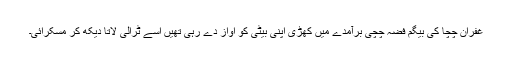
غفران چچا کی بیگم فضہ چچی برآمدے میں کھڑی اپنی بیٹی کو اواز دے رہی تھیں اسے ٹرالی لاتا دیکھ کر مسکرائی۔